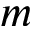
m